Indian journal of veterinary science and animal husbandry - Volumes 15-17, 1948-1951
Year: 1948
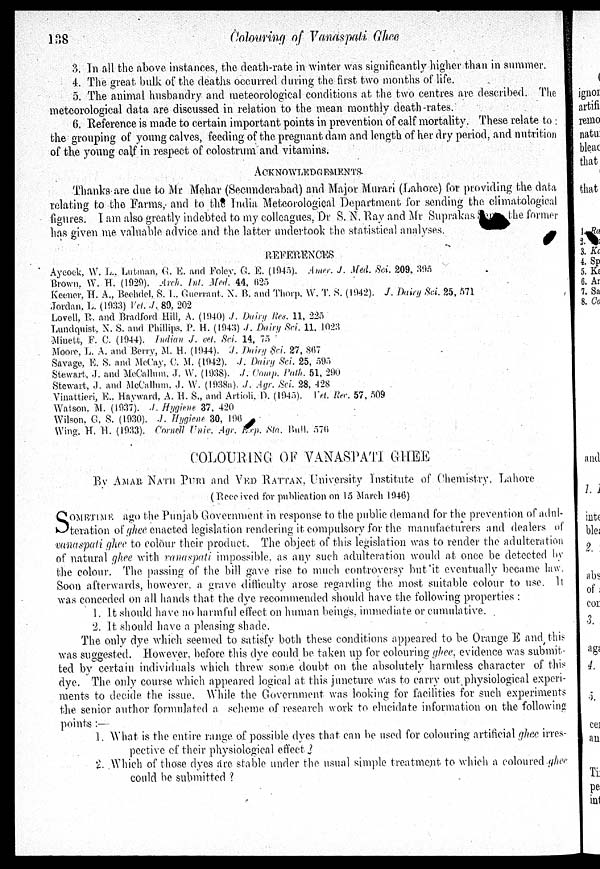
188
Colouring
of Vanaspati Ghee
3. In all the above instances, the death-rate in winter was significantly higher than in summer.
4. The great bulk of the deaths occurred during the first two months of life.
5. The animal husbandry and meteorological conditions at the two centres are described. The
meteorological data are discussed in relation to the mean monthly death-rates.
6. Reference is made to certain important points in prevention of calf mortality. These relate to :
the grouping of young calves, feeding of the pregnant dam and length of her dry period, and nutrition
of the young calf in respect of colostrum and vitamins.
ACKNOWLEDGEMENTS
Thanks are due to Mr Mehar (Secunderabad) and Major Murari (Lahore) for providing the data
relating to the Farms, and to the India Meteorological Department for sending the climatological
figures. I am also greatly indebted to my colleagues. Dr S. N. Ray and Mr Suprakas Sen the former
has given me. valuable, advice and the. latter undertook the statistical analyses.
REFERENCES
Aycock, W. L.Lutman, G. E. and Foley. G. E. (1945). Amer. J. Med. Sci. 209, 395
Brown, W. H. (1929). Arch. Int. Med. 44, 625
Keener, H. A., Bechdel. S. I., Guerrant. N. B. and Thorp. W. T. S. (1942). J. Dairy Sci. 25, 571
Jordan, L. (1933) Vet.J. 80, 202
Lovell, R. and Bradford Hill, A. (1940) J. Dairy Res. 11, 225
Lundquist, N. S. and Phillips. P. H. (1943) J. Dairy Sci. 11. 1023
Aliuelt, F. C. (1944). Indian J. vet. Sci. 14, 75
Moore. L. A. and Berry, M. H. (1944). J.Dairy Sci. 27, 867
Savage. E. S. and McCay, C. M. (1942). J. Dairy Sci. 25, 595
Stewart, J. and McCallum. J. W. (1938). J. Comp. Path. 51, 290
Stewart, J. and McCallum. J. W. (1938a). J. Agr. Sci. 28, 428
Vinattieri, E.. Hayward, A. H. S., and Artioli. D. (1945). Vet. Res. 57, 509
Watson. M. (1937). J. Hygiene 37, 420
Wilson. G. S. (1930). J. Hygiene 30, 196
Wing. H. H. (1933). Cornell Unic. Agr. Exp. Sta. Bull. 576
COLOURING OF VANASPATI GHEE
By AMAR NATH PURI and VED RATTAN, University Institute of Chemistry, Lahore
Received for publication on 15 March 1946)
S OMETIME ago the Punjab Government in response to the public demand for the prevention of adnl-
teration of ghee enacted legislation rendering it compulsory for the manufacturers and dealers of
vanaspati ghee to colour their product. The object of this legislation was to render the adulteration
of natural ghee with vanaspati impossible, as any such adulteration would at once be detected by
the colour. The passing of the bill gave rise to much controversy but it eventually became law.
Soon afterwards, however. a grave difficulty arose regarding the most suitable colour to use. It
was conceded on all hands that the dye recommended should have the following properties :
1. It should have no harmful effect on human beings, immediate or cumulative.
2. It should have a pleasing shade.
The only dye which seemed to satisfy both these conditions appeared to be Orange E and this
was suggested. However. before this dye could be taken up for colouring ghee, evidence was submit-
ted by certain individuals which threw some doubt on the absolutely harmless character of this
dye. The only course which appeared logical at this juncture was to carry out physiological experi-
ments to decide the issue. While the Government was looking for facilities for such experiments
the senior author formulated a scheme of research work to elucidate information on the following
points :—
1. What is the entire range of possible dyes that can be used for colouring artificial ghee irres-
pective of their physiological effect ?
2. Which of those dyes are stable under the usual simple treatment to which a coloured ghee
could be submitted ?